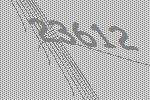
23612